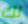
لك